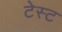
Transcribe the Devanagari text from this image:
टेस्‍ट